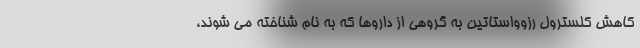
کاهش کلسترول رزوواستاتین به گروهی از داروها که به نام شناخته می شوند،